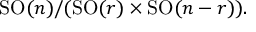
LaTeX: \operatorname { S O } ( n ) / ( \operatorname { S O } ( r ) \times \operatorname { S O } ( n - r ) ) .